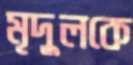
মৃদুলকে